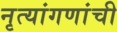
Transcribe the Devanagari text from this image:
नृत्यांगणांची